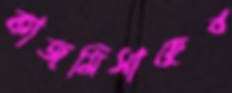
কাজমিসাহেব